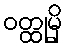
ဝတ္ထုမှိ